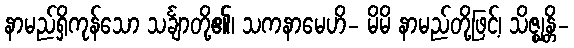
နာမည်ရှိကုန်သော သင်္ချာတို့၏၊ သကနာမေဟိ- မိမိ နာမည်တို့ဖြင့်၊ သိဇ္ဈန္တိ-